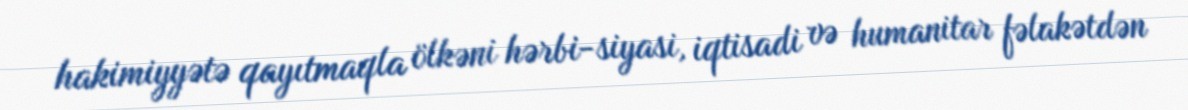
hakimiyyətə qayıtmaqla ölkəni hərbi-siyasi, iqtisadi və humanitar fəlakətdən